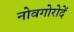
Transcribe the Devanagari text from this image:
नोवगोरोदें